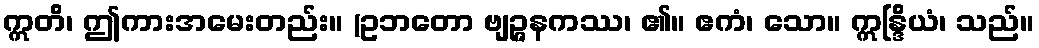
ဣတိ၊ ဤကားအမေးတည်း။ (ဥဘတော ဗျဉ္ဇနကဿ၊ ၏။ ဧကံ၊ သော။ ဣန္ဒြိယံ၊ သည်။